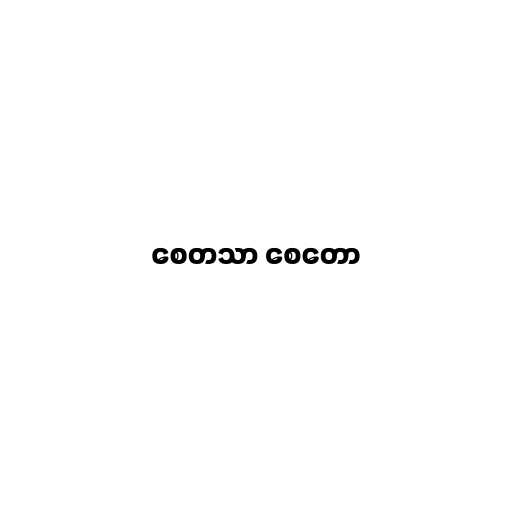
စေတသာ စေတော